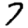
Digit: 7